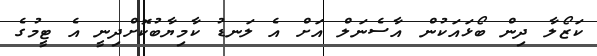
ކަޒޯލާ ދިން ބޯޅައަކުން އާސެނަލް އަށް އެ ލަނޑު ކާމިޔާބުކޮށްދިނީ އެ ޓީމުގެ